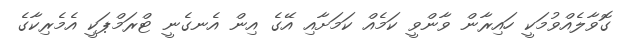
ގޮވާލެއްވުމަކީ ހައިރާން ވާންވީ ކަމެއް ކަމަށާއި އޭގެ އިން އެނގެނީ ޓްރަމްޕަކީ އެމެރިކާގެ